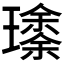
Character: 𱯹